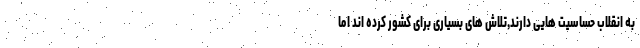
به انقلاب حساسیت هایی دارند,تلاش های بسیاری برای کشور کرده اند اما